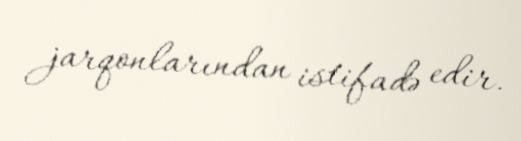
jarqonlarından istifadə edir.